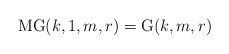
\begin{align*} \mathrm{MG}(k,1,m,r)=\mathrm{G}(k,m,r) \end{align*}